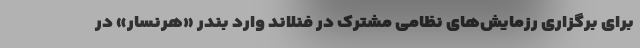
برای برگزاری رزمایش‌های نظامی مشترک در فنلاند وارد بندر «هرنسار» در